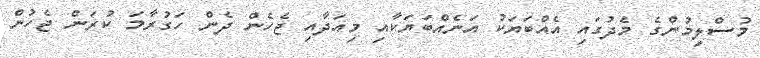
މުސްލިމުންގެ މެދުގައި އެއްބަޔަކު އަނެއްބަޔަކާއި މިއަދާއި ޖެހެން ދެން ހަގުރާމަ ކުރަން ޖެހުން